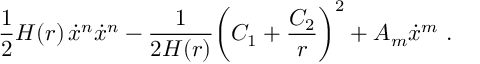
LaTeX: \frac { 1 } { 2 } H ( r ) \, \dot { x } ^ { n } \dot { x } ^ { n } - \frac { 1 } { 2 H ( r ) } \biggl ( C _ { 1 } + \frac { C _ { 2 } } { r } \biggr ) ^ { 2 } + { \cal A } _ { m } \dot { x } ^ { m } \ .